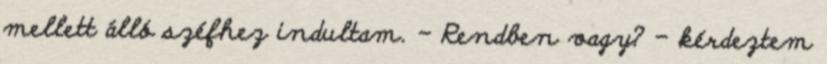
mellett álló széfhez indultam. - Rendben vagy? – kérdeztem